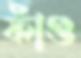
ফাঁগু